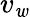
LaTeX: v_{\mathit{w}}